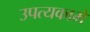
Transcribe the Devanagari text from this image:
उपत्यकामे